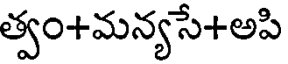
త్వం+మన్యసే+అపి